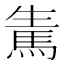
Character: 𩢫